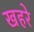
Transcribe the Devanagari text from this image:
खहरे